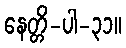
နေတ္တိ-ပါ-၃၁။